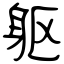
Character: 躯